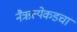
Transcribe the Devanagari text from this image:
नैऋत्येकडचा